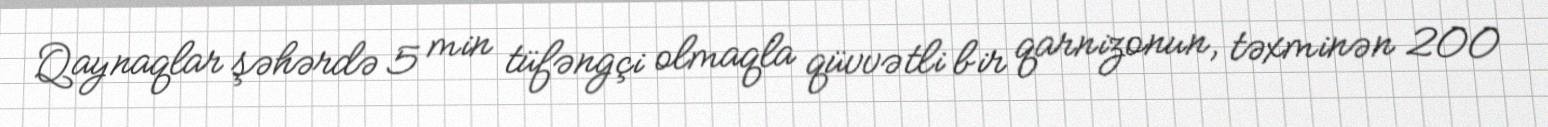
Qaynaqlar şəhərdə 5 min tüfəngçi olmaqla qüvvətli bir qarnizonun, təxminən 200